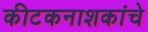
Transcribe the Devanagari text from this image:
कीटकनाशकांचे